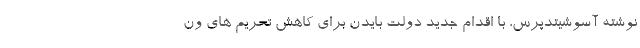
نوشته آسوشیتدپرس، با اقدام جدید دولت بایدن برای کاهش تحریم های ون